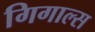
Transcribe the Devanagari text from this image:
गिगाल्स